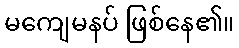
မကျေမနပ် ဖြစ်နေ၏။